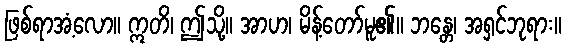
ဖြစ်ရာအံ့လော။ ဣတိ၊ ဤသို့။ အာဟ၊ မိန့်တော်မူ၏။ ဘန္တေ၊ အရှင်ဘုရား။